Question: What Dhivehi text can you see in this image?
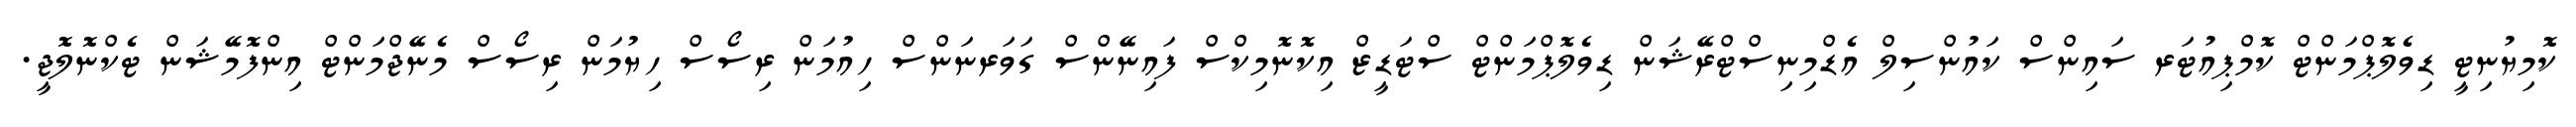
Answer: ކޮމިޔުނިޓީ ޑިވެލޮޕްމަންޓް ކޮމްޕިއުޓަރ ސައިންސް ކައުންސިލް އެޑްމިނިސްޓްރޭޝަން ޑިވެލޮޕްމަންޓް ސްޓަޑީޒް އިކޮނޮމިކްސް ފައިނޭންސް ގަވަރނަންސް ހިއުމަން ރިސޯސް ހިޔުމަން ރިސޯސް މެނޭޖްމަންޓް އިންފޮމޭޝަން ޓެކްނޮލޮޖީ.